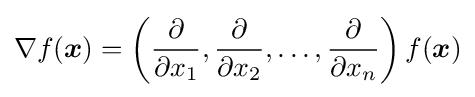
\nabla f({\boldsymbol {x}})=\left({\frac {\partial }{\partial x_{1}}},{\frac {\partial }{\partial x_{2}}},\ldots ,{\frac {\partial }{\partial x_{n}}}\right)f({\boldsymbol {x}})